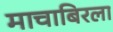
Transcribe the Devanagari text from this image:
माचाबिरला